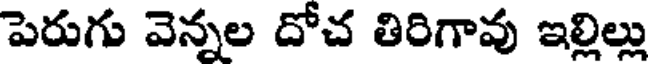
పెరుగు వెన్నల దోచ తిరిగావు ఇల్లిల్లు